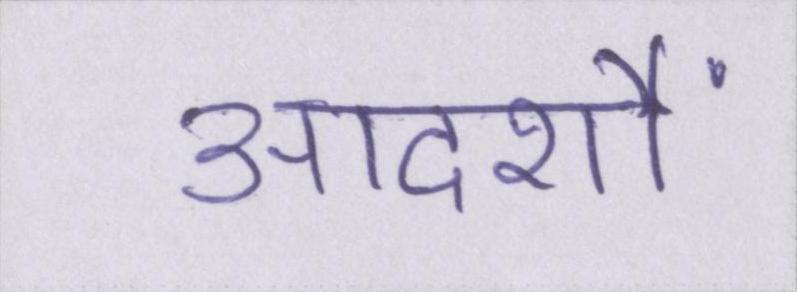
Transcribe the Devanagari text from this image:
आदर्शों